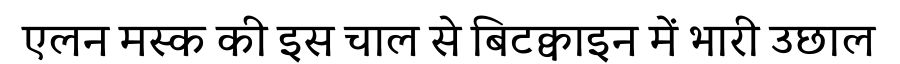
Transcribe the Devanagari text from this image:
एलन मस्क की इस चाल से बिटक्वाइन में भारी उछाल